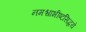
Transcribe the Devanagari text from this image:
नमश्चाभीष्टसिद्धये